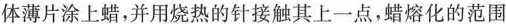
体薄片涂上蜡，并用烧热的针接触其上一点，蜡熔化的范围